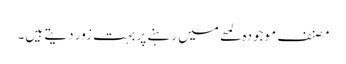
مصنف موجودہ لمحے میں رہنے پر بہت زور دیتے ہیں۔